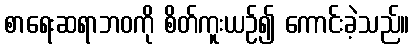
စာရေးဆရာဘဝကို စိတ်ကူးယဉ်၍ ကောင်းခဲ့သည်။